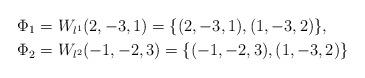
LaTeX: \begin{align*}\Phi_1 & = W_{l^1} (2, -3, 1) = \{ (2, -3, 1), (1, -3, 2) \}, \\\Phi_2 & = W_{l^2} (-1, -2, 3) = \{ (-1, -2, 3), (1, -3, 2) \}\end{align*}